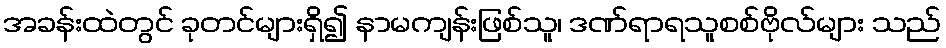
အခန်းထဲတွင် ခုတင်များရှိ၍ နာမကျန်းဖြစ်သူ၊ ဒဏ်ရာရသူစစ်ဗိုလ်များ သည်